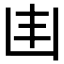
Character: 𠙾